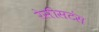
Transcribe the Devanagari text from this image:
रेसीसटंस